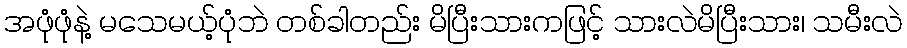
အဖုံဖုံနဲ့ မသေမယ့်ပုံဘဲ တစ်ခါတည်း မိပြီးသားကဖြင့် သားလဲမိပြီးသား၊ သမီးလဲ